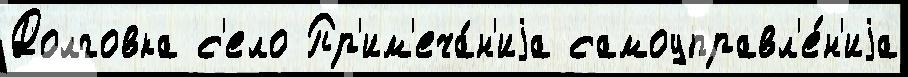
Долговка с'ело Пр'им'еча́н'иjа самоуправл'е́н'иjа